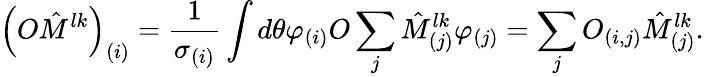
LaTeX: \left(O\hat{M}^{lk}\right)_{(i)}=\frac{1}{\sigma_{(i)}}\int d\theta\varphi_{(i)}O\sum_{j}\hat{M}_{(j)}^{lk}\varphi_{(j)}=\sum_{j}O_{(i,j)}\hat{M}_{(j)}^{lk}.